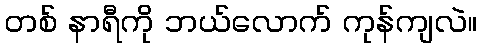
တစ် နာရီကို ဘယ်လောက် ကုန်ကျလဲ။